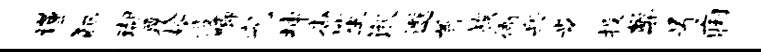
谨犯瑚覆婿役唧究坤杳笙湫邈首族衙兵步投弊号痢